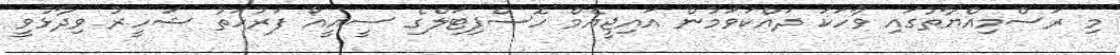
މި ރަސްމިއްޔާތުގައި ވާހަކަ ދައްކަވަމުން އައިޖީއެމް ހޮސްޕިޓަލްގެ ސީއީއޯ ފަރުހަތު ޝަހީރު ވިދާޅުވީ